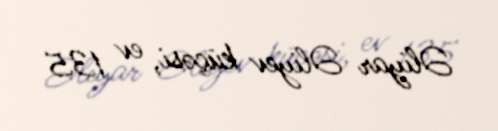
Əliyar Əliyev küçəsi, ev 135